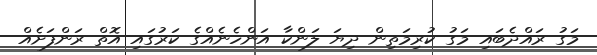
މަގު ރައްދެބައި މަގު ކުރިމަތިން ދިޔަ ލަންކާ އަންހެނެއްގެ ކަރުގައި އޮތް ރަންފަށެއް